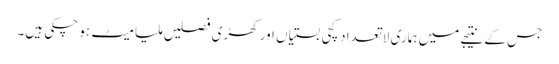
جس کے نتیجے میں ہماری لا تعداد کچی بستیاں اور کھڑی فصلیں ملیا میٹ ہو چکی ہیں۔